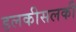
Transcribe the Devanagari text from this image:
हलकीसलकी